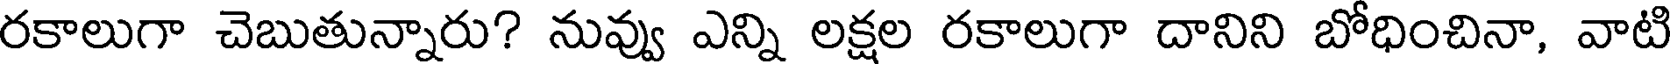
రకాలుగా చెబుతున్నారు? నువ్వు ఎన్ని లక్షల రకాలుగా దానిని బోధించినా, వాటి